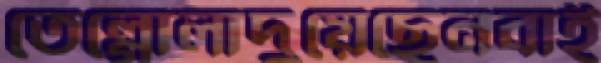
তেল্গোলাদুয়েছেনবাই